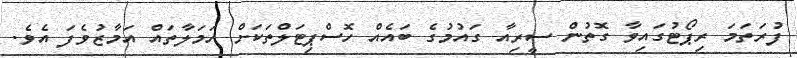
ފުރަތަމަ ރިޕޯޓުގައިވާ ގޮތުން ސީރިއާ ގައުމުގެ ބައެއް ހޮސްޕިޓަލްތަކަށް ހަމަލާތައް އަމާޒުވެފަ އެވެ.